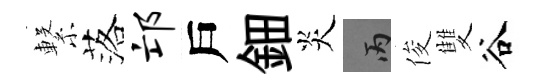
繋落邙戶鈿炎丙俊雙谷